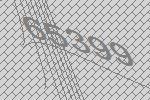
65399